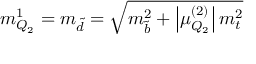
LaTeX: m _ { Q _ { 2 } } ^ { 1 } = m _ { \tilde { d } } = \sqrt { m _ { \tilde { b } } ^ { 2 } + \left| \mu _ { Q _ { 2 } } ^ { ( 2 ) } \right| m _ { t } ^ { 2 } }